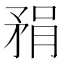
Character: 𪿇